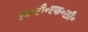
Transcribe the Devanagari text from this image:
एच॰डी॰एफ॰सी॰